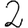
Digit: 2